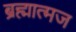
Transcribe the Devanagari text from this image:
ब्रह्मात्मज